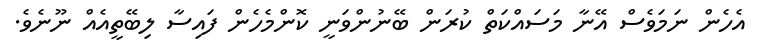
އެހެން ނަމަވެސް އޭނާ މަސައްކަތް ކުރަން ބޭނުންވަނީ ކޮންމެހެން ފައިސާ ލިބޭތީއެއް ނޫނެވެ.